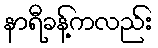
နာရီခန့်ကလည်း